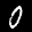
Label: 0